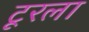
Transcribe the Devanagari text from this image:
टूरला